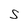
Character: S